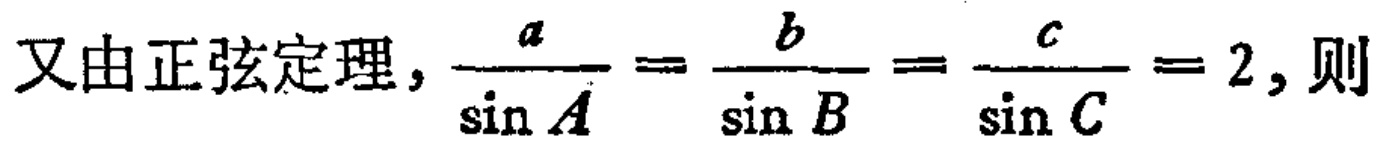
又由正弦定理，$\frac{a}{\sin A}=\frac{b}{\sin B}=\frac{c}{\sin C}=2,$则